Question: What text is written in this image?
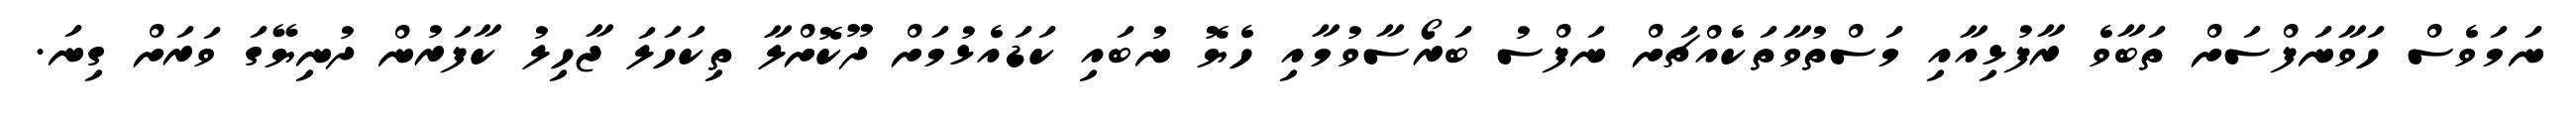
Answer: ނަމަވެސް ހަވާނަފްސަށް ތަބާވެ ރާފުޅިއާއި މަސްތުވާތަކެއްޗަށް ނަފްސު ބަރޯސާވުމާއި ހެޔޮ ނުބައި ކަޑައެޅުމަށް ދޫކޮށްލާ ތިކަހަލަ ޖާހިލު ކާފަރުން ދުނިޔޭގަ ވަރަށް ގިނަ.